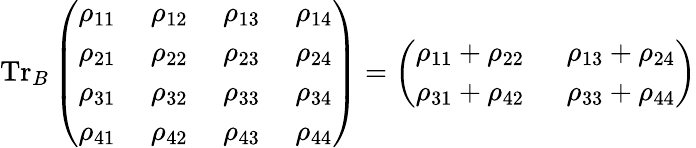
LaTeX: \mathrm{Tr}_{B}\left(\begin{array}{llll}{\rho_{11}~}&{\rho_{12}~}&{\rho_{13}~}&{\rho_{14}}\\ {\rho_{21}~}&{\rho_{22}~}&{\rho_{23}~}&{\rho_{24}}\\ {\rho_{31}~}&{\rho_{32}~}&{\rho_{33}~}&{\rho_{34}}\\ {\rho_{41}~}&{\rho_{42}~}&{\rho_{43}~}&{\rho_{44}}\end{array}\right)=\left(\begin{array}{ll}{\rho_{11}+\rho_{22}~~}&{\rho_{13}+\rho_{24}}\\ {\rho_{31}+\rho_{42}~~}&{\rho_{33}+\rho_{44}}\end{array}\right)